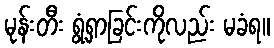
မုန်းတီး ရွံ့ရှာခြင်းကိုလည်း မခံရ။